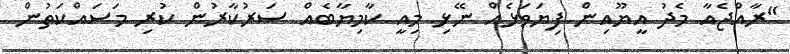
"ރާއްޖެއާ މެދު އީޔޫއިން ފިޔަވަޅެއް ނޭޅި މިއީ ކާމިޔާބެއް ސަރުކާރުން ކުރި މަސައްކަތުން